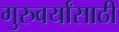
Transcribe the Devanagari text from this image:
गुरुवर्यांसाठी